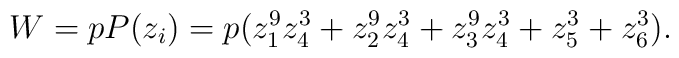
W= p P(z_i)= p(z_1^9 z_4^3 + z_2^9 z_4^3 + z_3^9 z_4^3 + z_5^3 + z_6^3).